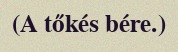
(A tőkés bére.)